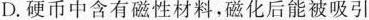
D.硬币中含有磁性材料，磁化后能被吸引